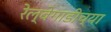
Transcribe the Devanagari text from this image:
रेल्वेगाडीच्या